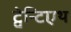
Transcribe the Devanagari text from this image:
ट्वेन्टिएथ